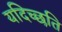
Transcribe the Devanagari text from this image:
यदिच्छति